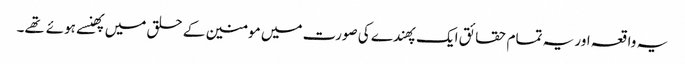
یہ واقعہ اور یہ تمام حقائق ایک پهندے کی صورت میں مومنین کے حلق میں پهنسے ہوئے تهے۔